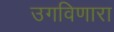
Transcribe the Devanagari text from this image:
उगविणारा